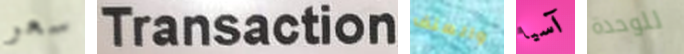
سعر Transaction والعنف آسيا للوحدة